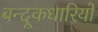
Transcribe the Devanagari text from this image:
बन्दूकधारियों